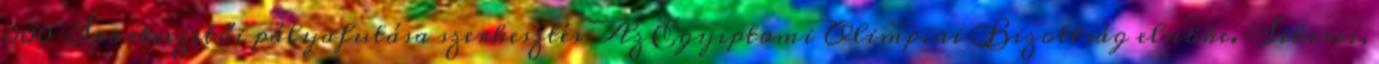
000 Sportvezetői pályafutása szerkesztés Az Egyiptomi Olimpiai Bizottság elnöke. Sikerei,